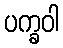
ပက္ခဝါ